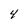
Character: 4